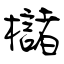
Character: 櫧